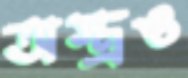
অস্ত্রও